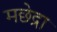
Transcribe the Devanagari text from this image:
मछेद्रा